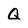
Character: Q